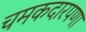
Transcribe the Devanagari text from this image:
चमकदारपणा